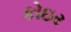
કોઇર